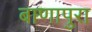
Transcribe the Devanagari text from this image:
बाणापुरा